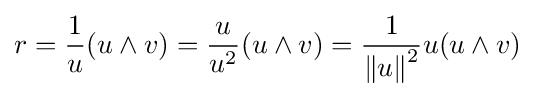
r={\frac {1}{u}}(u\wedge v)={\frac {u}{u^{2}}}(u\wedge v)={\frac {1}{{\Vert u\Vert }^{2}}}u(u\wedge v)